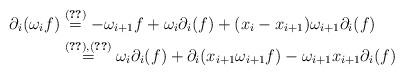
LaTeX: \begin{align*}\partial_i(\omega_if) &\overset{(\ref{eq:extleibniz})}{=} -\omega_{i+1}f + \omega_{i}\partial_i(f) + (x_i - x_{i+1})\omega_{i+1}\partial_i(f) \\&\overset{(\ref{eq:relomega1}),(\ref{eq:relnh1})}{=} \omega_i \partial_i(f) + \partial_i(x_{i+1}\omega_{i+1}f) - \omega_{i+1}x_{i+1} \partial_i(f)\end{align*}